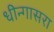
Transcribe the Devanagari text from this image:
धीन्गासरा